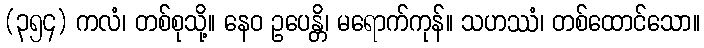
(၃၅၄) ကလံ၊ တစ်စုသို့။ နေဝ ဥပေန္တိ၊ မရောက်ကုန်။ သဟဿံ၊ တစ်ထောင်သော။